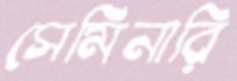
সেমিনারি